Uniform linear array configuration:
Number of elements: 12
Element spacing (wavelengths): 0.5
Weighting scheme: kaiser
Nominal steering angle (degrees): -30
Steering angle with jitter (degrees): -29.871
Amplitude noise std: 0.05
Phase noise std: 0.05

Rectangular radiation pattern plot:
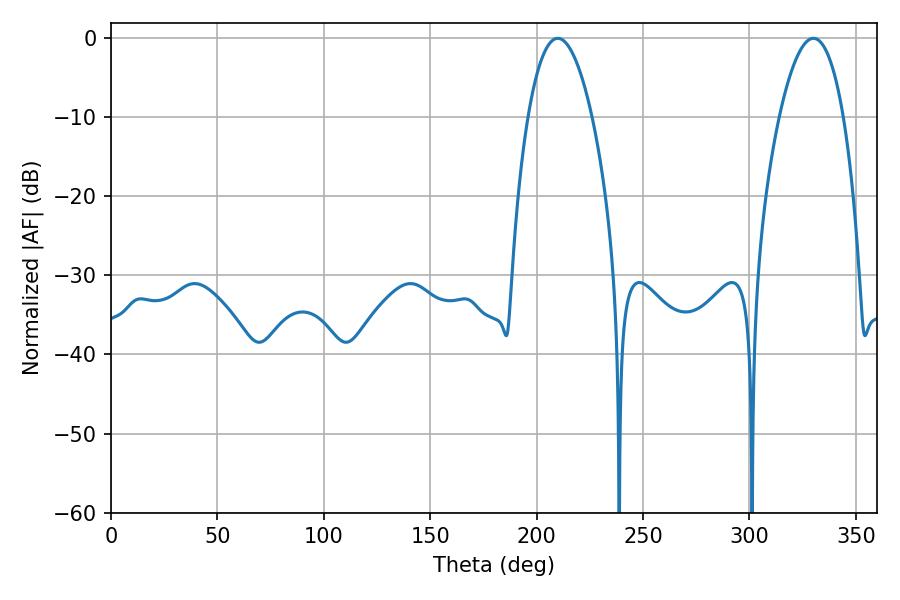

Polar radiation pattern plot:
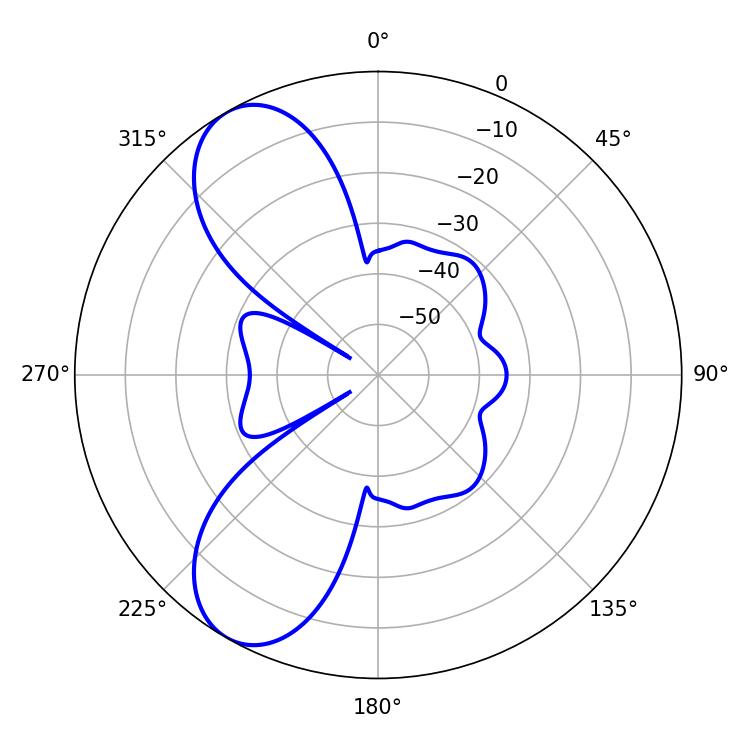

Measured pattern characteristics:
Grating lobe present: FALSE
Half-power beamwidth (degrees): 16.74
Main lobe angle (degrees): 209.88